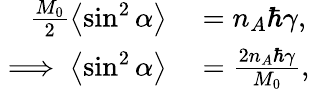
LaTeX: \begin{array}{rl}{\frac{M_{0}}{2}\left\langle{\sin^{2}\alpha}\right\rangle}&{{}=n_{A}\hbar\gamma,}\\ {\implies\left\langle{\sin^{2}\alpha}\right\rangle}&{{}=\frac{2n_{A}\hbar\gamma}{M_{0}},}\end{array}